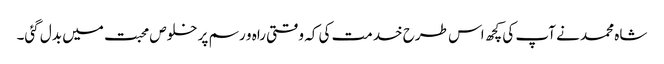
شاہ محمد نے آپ کی کچھ اس طرح خدمت کی کہ وقتی راہ و رسم پر خلوص محبت میں بدل گئی۔